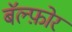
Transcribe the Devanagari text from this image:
बॅल्फ़ोर